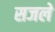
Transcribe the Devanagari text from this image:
सजले